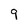
Character: 9